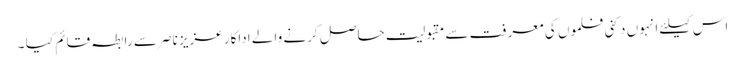
اس کیلئے انہوں دکنی فلموں کی معرفت سے مقبولیت حاصل کرنے والے اداکار عزیز ناصر سے رابطہ قائم کیا ۔